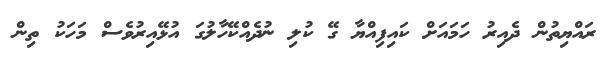
ރައްޔިތުން ދެއިރު ހަމައަށް ކައިފިއްޔާ ގޭ ކުލި ނުދެއްކޭހާލުގަ އުޅޭއިރުވެސް މަހަކު ތިން